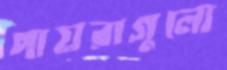
পায়রাগুলো